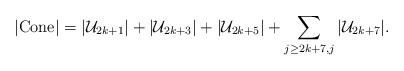
LaTeX: \begin{align*}|\mathrm{Cone}| &= |\mathcal{U}_{2k+1}|+|\mathcal{U}_{2k+3}|+|\mathcal{U}_{2k+5}| +\sum_{j\geq 2k+7, j}|\mathcal{U}_{2k+7}|.\end{align*}